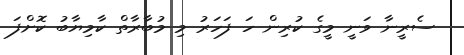
ސެރީނާ ވަނީ މީގެ ކުރިން ހަ ފަހަރު މި މުބާރާތް ކާމިޔާބު ކޮށްފަ